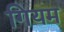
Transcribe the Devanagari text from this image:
गियम